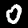
Label: 0